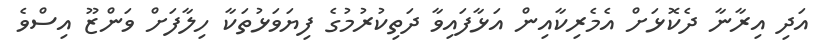
އަދި އިރާނާ ދެކޮޅަށް އެމެރިކާއިން އަޅާފައިވާ ދަތިކުރުމުގެ ފިޔަވަޅުތަކާ ހިލާފަށް ވަންޒޫ އިސްވެ